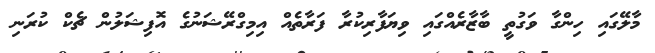
މާލޭގައި ހިންގާ ވަގުތީ ބާޒާރެއްގައި ވިޔަފާރިކުރާ ފަރާތެއް އިމިގްރޭޝަނުގެ އޮފިޝަލުން ޗެކް ކުރަނި